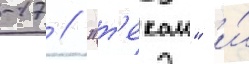
-17 // "т'екаи" и́